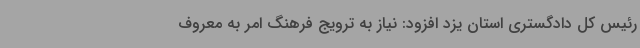
رئیس کل دادگستری استان یزد افزود: نیاز به ترویج فرهنگ امر به معروف